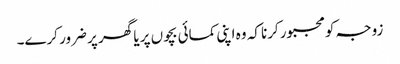
زوجہ کومجبورکرنا کہ وہ اپنی کمائی بچوں پر یا گھر پر ضرور کرے۔